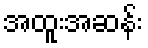
အထူးအဆန်း